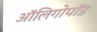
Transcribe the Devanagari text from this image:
ऑलिगोपॉड